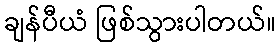
ချန်ပီယံ ဖြစ်သွားပါတယ်။